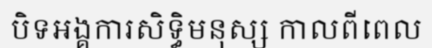
បិទអង្គការសិទ្ធិមនុស្ស កាលពីពេល